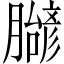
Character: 𬛝